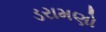
ડરામણો